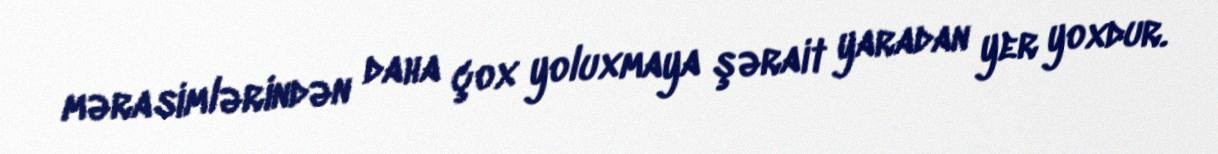
mərasimlərindən daha çox yoluxmaya şərait yaradan yer yoxdur.